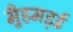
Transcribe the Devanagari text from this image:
मुँहमड़ई